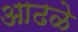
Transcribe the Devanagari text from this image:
आढळे